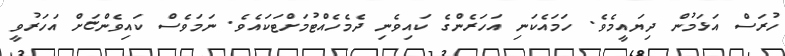
ހުރަސް އަޅަމުން ދިޔައީމެވެ. ހަމައެކަނި އަހަރެންގެ ކައިވެނި ދެމެހެއްޓުމަށްޓަކައެވެ. ނަމަވެސް ކައިވެންޏަށް އަހަރުވީ